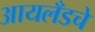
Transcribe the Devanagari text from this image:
आयलँडचे